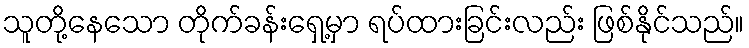
သူတို့နေသော တိုက်ခန်းရှေ့မှာ ရပ်ထားခြင်းလည်း ဖြစ်နိုင်သည်။